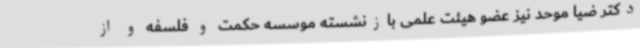
دکتر ضیا موحد نیز عضو هیئت علمی بازنشسته موسسه حکمت و فلسفه و از